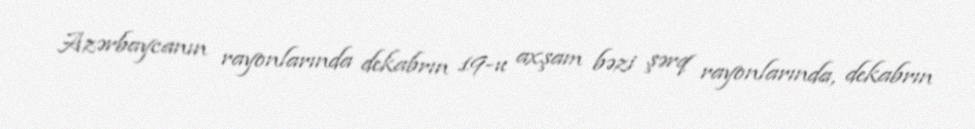
Azərbaycanın rayonlarında dekabrın 19-u axşam bəzi şərq rayonlarında, dekabrın